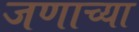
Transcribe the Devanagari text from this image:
जणाच्या